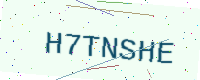
Text: H7TNSHE